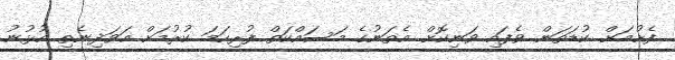
ފެށުމަށް ކުޑަތަން ވެފައި ވަނިކޮށް އެތަނުގެ މަސައްކަތް ފުރިހަމަ ކުރުމަށް އަވަދިނެތި އުޅުނު